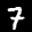
Label: 7